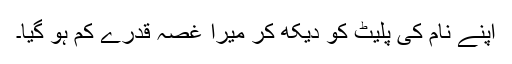
اپنے نام کی پلیٹ کو دیکھ کر میرا غصہ قدرے کم ہو گیا۔